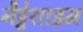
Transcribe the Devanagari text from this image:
नैट्टेशाइम